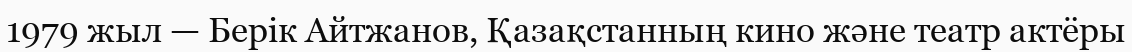
1979 жыл — Берік Айтжанов, Қазақстанның кино және театр актёры